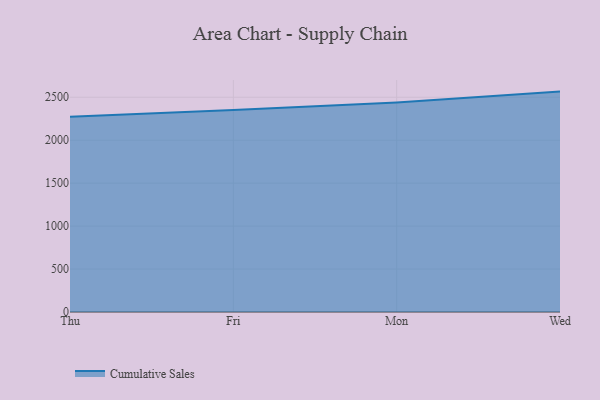
{"axis": {"x": "Day", "y": "Revenue (USD Million)"}, "legend": ["Cumulative Sales"], "data": [{"x": "Thu", "y": 2272.6, "type": "Cumulative Sales"}, {"x": "Fri", "y": 2350.6, "type": "Cumulative Sales"}, {"x": "Mon", "y": 2440.3, "type": "Cumulative Sales"}, {"x": "Wed", "y": 2565.9, "type": "Cumulative Sales"}]}